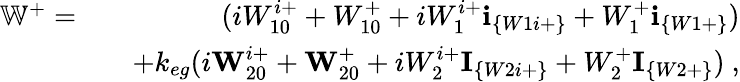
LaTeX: \begin{array}{rlr}{\mathbb{W}^{+}=}&{}&{(iW_{10}^{i+}+W_{10}^{+}+iW_{1}^{i+}\textbf{i}_{\{ W1i+\} }+W_{1}^{+}\textbf{i}_{\{ W1+\} })}\\ &{}&{+k_{eg}(i\textbf{W}_{20}^{i+}+\textbf{W}_{20}^{+}+iW_{2}^{i+}\textbf{I}_{\{ W2i+\} }+W_{2}^{+}\textbf{I}_{\{ W2+\} })~,}\end{array}